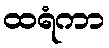
ထရံကာ